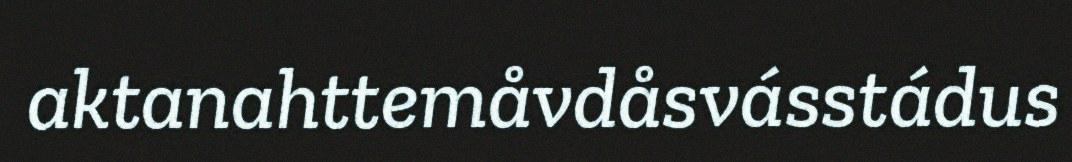
aktanahttemåvdåsvásstádus